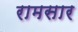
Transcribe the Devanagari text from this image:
रामसार